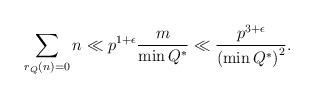
LaTeX: \begin{align*}\sum_{r_{Q}(n) = 0} n \ll p^{1+\epsilon} \frac{m}{\min Q^{*}} \ll\frac{p^{3+\epsilon}}{\left(\min Q^{*}\right)^{2}}.\end{align*}